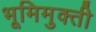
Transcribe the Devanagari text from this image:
भूमिमुक्ती